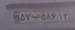
۵۷ب۵۸۶۱۳